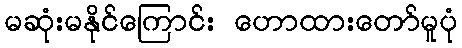
မဆုံးမနိုင်ကြောင်း ဟောထားတော်မူပုံ